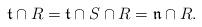
LaTeX: \begin{align*} \mathfrak{t} \cap R = \mathfrak{t} \cap S \cap R = \mathfrak{n} \cap R.\end{align*}